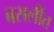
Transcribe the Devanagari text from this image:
बसलींत